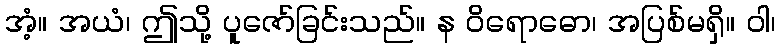
အံ့။ အယံ၊ ဤသို့ ပူဇော်ခြင်းသည်။ န ဝိရောဓော၊ အပြစ်မရှိ။ ဝါ၊